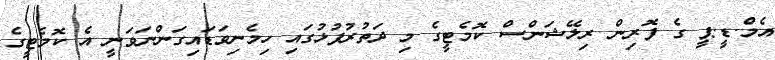
އެމް.ޑީ.ޕީ ގެ ފޮރިން ރިލޭޝަންސް ކޮމެޓީގެ މި ދަތުރުފުޅުގައި ހިމެނިވަޑައިގަންނަވަނީ އެ ކޮމެޓީގެ